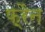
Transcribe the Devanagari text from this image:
फ़्रैन